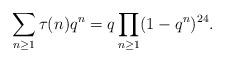
LaTeX: \begin{align*} \sum_{n \geq 1} \tau(n) q^n = q \prod_{n \geq 1} (1 - q^n)^{24}.\end{align*}